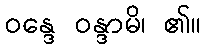
ဝန္ဒေ ဝန္ဒာမိ၊ ၏။